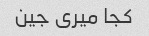
کجا میری جین